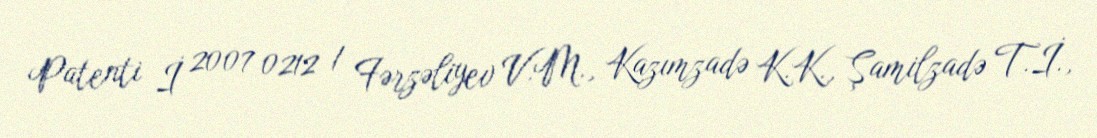
Patenti İ 2007 0212 / Fərzəliyev V.M., Kazımzadə K.K., Şamilzadə T.İ.,